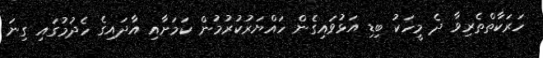
ހަރަކާތްތެރިވާ ދެ މީހަކު ބިޑި އަޅުވައިގެން ހައްޔަރުކުރުމުން ކަމަށާއި އާދައިގެ ހެދުމުގައި ގިނަ